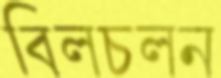
বিলচলন